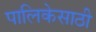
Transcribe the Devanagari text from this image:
पालिकेसाठी